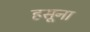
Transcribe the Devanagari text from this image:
हसूना